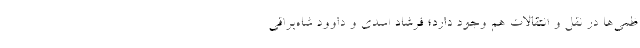
ظمی‌ها در نقل و انتقالات هم وجود دارد؛ فرشاد اسدی و داوود شاه‌براقی